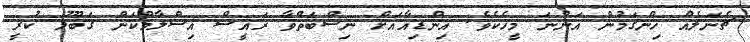
ޗެނަލެއް ހިންގަމުން އަންނަ މީހެކެވެ. އިންޑިއާއަށް ނިސްބަތްވާ ރައީސް އިސްލާމްކަން ގަބޫލު ކުރީ